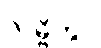
လမ္ဗိတွာ